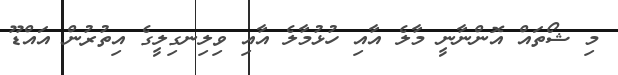
މި ޝޯތައް އޮންނާނީ މާލެ އާއި ހުޅުމާލެ އާއި ވިލިނގިލީގެ އިތުރުން އައްޑޫ